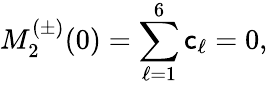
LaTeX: M_{2}^{(\pm)}(0)=\sum_{\ell=1}^{6}\mathsf{c}_{\ell}=0,